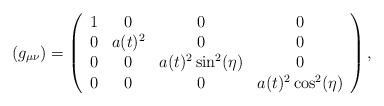
LaTeX: \begin{align*}(g_{\mu \nu}) = \left(\begin{array}{cccc} 1 & 0 & 0 & 0 \\ 0 & a(t)^2 & 0 & 0 \\ 0 & 0 & a(t)^2 \sin ^2(\eta ) & 0 \\ 0 & 0 & 0 & a(t)^2 \cos ^2(\eta ) \\\end{array}\right), \end{align*}